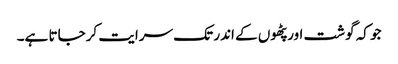
جو کہ گوشت اور پٹھوں کے اندر تک سرایت کرجاتا ہے۔